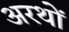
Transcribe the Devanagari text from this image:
अरथों